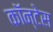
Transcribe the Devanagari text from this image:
कॉन्टेस